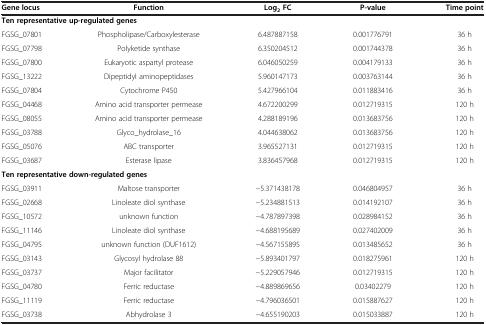
<table><thead><tr><td><b>Gene locus</b></td><td><b>Function</b></td><td><b>Log<sub>2</sub>FC</b></td><td><b>P-value</b></td><td><b>Time point</b></td></tr></thead><tbody><tr><td colspan="5"><b>Ten representative up-regulated genes</b></td></tr><tr><td>FGSG_07801</td><td>Phospholipase/Carboxylesterase</td><td>6.487887158</td><td>0.001776791</td><td>36 h</td></tr><tr><td>FGSG_07798</td><td>Polyketide synthase</td><td>6.350204512</td><td>0.001744378</td><td>36 h</td></tr><tr><td>FGSG_07800</td><td>Eukaryotic aspartyl protease</td><td>6.046050259</td><td>0.004179133</td><td>36 h</td></tr><tr><td>FGSG_13222</td><td>Dipeptidyl aminopeptidases</td><td>5.960147173</td><td>0.003763144</td><td>36 h</td></tr><tr><td>FGSG_07804</td><td>Cytochrome P450</td><td>5.427966104</td><td>0.011883416</td><td>36 h</td></tr><tr><td>FGSG_04468</td><td>Amino acid transporter permease</td><td>4.672200299</td><td>0.012719315</td><td>120 h</td></tr><tr><td>FGSG_08055</td><td>Amino acid transporter permease</td><td>4.288189196</td><td>0.013683756</td><td>120 h</td></tr><tr><td>FGSG_03788</td><td>Glyco_hydrolase_16</td><td>4.044638062</td><td>0.013683756</td><td>120 h</td></tr><tr><td>FGSG_05076</td><td>ABC transporter</td><td>3.965527131</td><td>0.012719315</td><td>120 h</td></tr><tr><td>FGSG_03687</td><td>Esterase lipase</td><td>3.836457968</td><td>0.012719315</td><td>120 h</td></tr><tr><td colspan="5"><b>Ten representative down-regulated genes</b></td></tr><tr><td>FGSG_03911</td><td>Maltose transporter</td><td>−5.371438178</td><td>0.046804957</td><td>36 h</td></tr><tr><td>FGSG_02668</td><td>Linoleate diol synthase</td><td>−5.234881513</td><td>0.014192107</td><td>36 h</td></tr><tr><td>FGSG_10572</td><td>unknown function</td><td>−4.787897398</td><td>0.028984152</td><td>36 h</td></tr><tr><td>FGSG_11146</td><td>Linoleate diol synthase</td><td>−4.688195689</td><td>0.027402009</td><td>36 h</td></tr><tr><td>FGSG_04795</td><td>unknown function (DUF1612)</td><td>−4.567155895</td><td>0.013485652</td><td>36 h</td></tr><tr><td>FGSG_03143</td><td>Glycosyl hydrolase 88</td><td>−5.893401797</td><td>0.018275961</td><td>120 h</td></tr><tr><td>FGSG_03737</td><td>Major facilitator</td><td>−5.229057946</td><td>0.012719315</td><td>120 h</td></tr><tr><td>FGSG_04780</td><td>Ferric reductase</td><td>−4.889869656</td><td>0.03402279</td><td>120 h</td></tr><tr><td>FGSG_11119</td><td>Ferric reductase</td><td>−4.796036501</td><td>0.015887627</td><td>120 h</td></tr><tr><td>FGSG_03738</td><td>Abhydrolase 3</td><td>−4.655190203</td><td>0.015033887</td><td>120 h</td></tr></tbody></table>